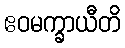
ဧဝမက္ခာယီတိ